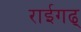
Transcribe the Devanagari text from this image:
राईगढ्